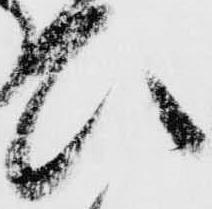
ひ